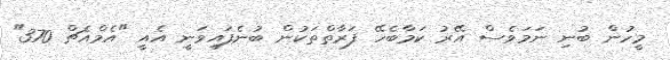
މީހުން ބުނި ނަމަވެސް އޭރު ކަމާބެހޭ ފަރާތްތަކުން ބުނެފައިވަނީ އެއީ "އެމްްއެޗް 370"